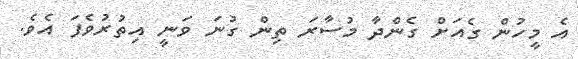
އެ މީހުން ގެއަށް ގެންދާ މުސާރަ ތިން ގުނަ ވަނީ އިތުރުވެފަ އެވެ.